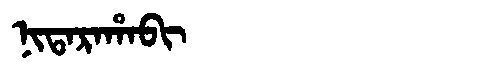
Manchu: ᠨᡳᡨᠠᡵᠠᡥᠠᠪᡳ
Romanization: NITARAHABI